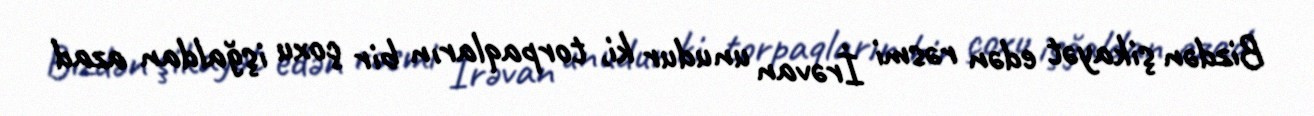
Bizdən şikayət edən rəsmi İrəvan unudur ki, torpaqların bir çoxu işğaldan azad